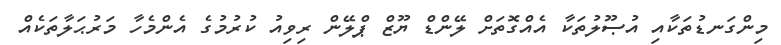
މިންގަނޑުތަކާއި އުޞޫލުތަކާ އެއްގޮތަށް ލޭންޑް ޔޫޒް ޕްލޭން ރިވިއު ކުރުމުގެ އެންމެހާ މަރުޙަލާތަކެއް